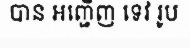
បាន អញ្ជើញ ទេវ រូប